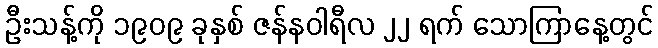
ဦးသန့်ကို ၁၉၀၉ ခုနှစ် ဇန်နဝါရီလ ၂၂ ရက် သောကြာနေ့တွင်